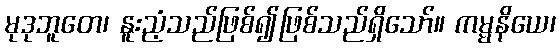
မုဒုဘူတေ၊ နူးညံ့သည်ဖြစ်၍ဖြစ်သည်ရှိသော်။ ကမ္မနိယေ၊